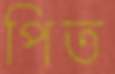
পিত